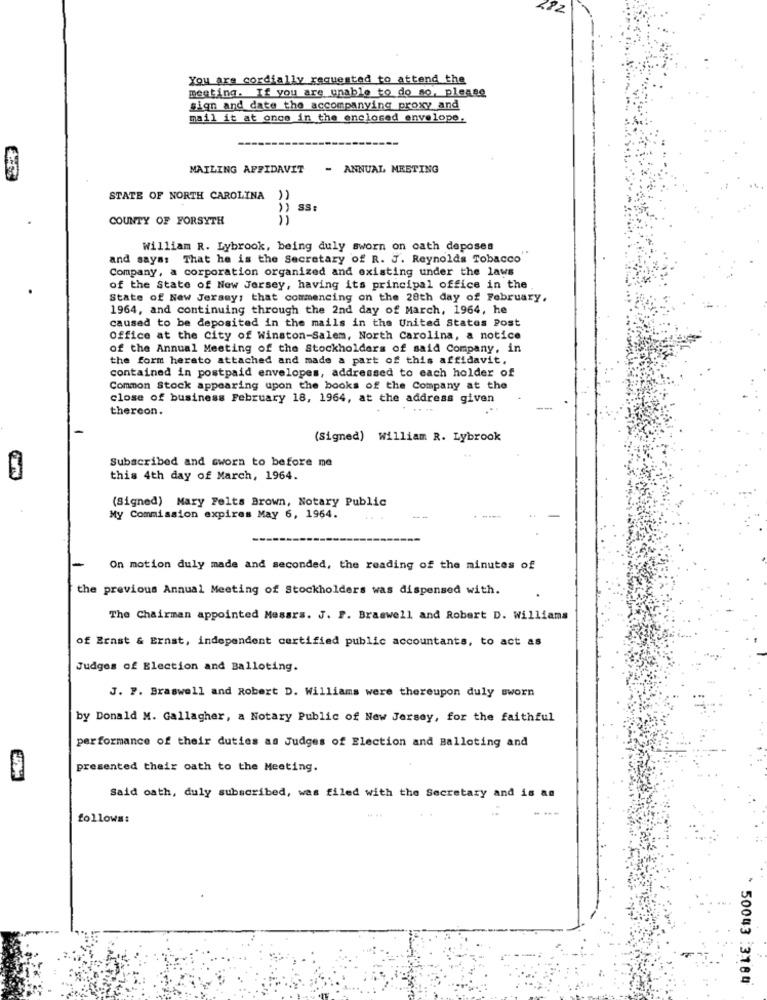
You are cordially requested to attend the
meeting. If you are unable to do so, please
sign and date the accompanying proxy and
mail it at once in the enclosed envelope.
MAILING AFFIDAVIT
- ANNUAL MEETING
===
STATE OF NORTH CAROLINA
SS:
COUNTY OF FORSYTH
William R. Lybrook, being duly sworn on cath deposes
and says: That he is the Secretary of R. J. Reynolds Tobacco"
Company, a corporation organized and existing under the laws
of the State of New Jersey, having its principal office in the
State of New Jersey, that commencing on the 28th day of February,
1964, and continuing through the 2nd day of March, 1964, he
caused to be deposited in the mails in the United States Post
Office at the city of Winston-Salem, North Carolina, a notice
of the Annual Meeting of the Stockholders of said Company, in
the form herato attached and made a part of this affidavit,
contained in postpaid envelopes, addressed to each holder of
Common Stock appearing upon the books of the Company at the
close of business February 18, 1964, at the address given
thereon.
. .. ..
(Signed) William R. Lybrook
Subscribed and sworn to before me
this 4th day of March, 1964.
(Signed) Mary Felts Brown, Notary Public
My Commission expires May 6, 1964.
On motion duly made and seconded, the reading of the minutes of
the previous Annual Meeting of Stockholders was dispensed with.
The Chairman appointed Messrs. J. P. Braswell and Robert D. Williams
of Ernst & Ernst, independent certified public accountants, to act as
Judges of Election and Balloting.
J. P. Braswell and Robert D. Williams were thereupon duly sworn
by Donald M. Gallagher, a Notary Public of New Jersey, for the faithful
performance of their duties as Judges of Election and Balloting and
presented their oath to the Meeting.
Said oath, duly subscribed, was filed with the Secretary and is an
follows:
* 50043 :3184